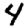
Digit: 4